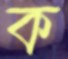
ক